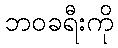
ဘဝခရီးကို